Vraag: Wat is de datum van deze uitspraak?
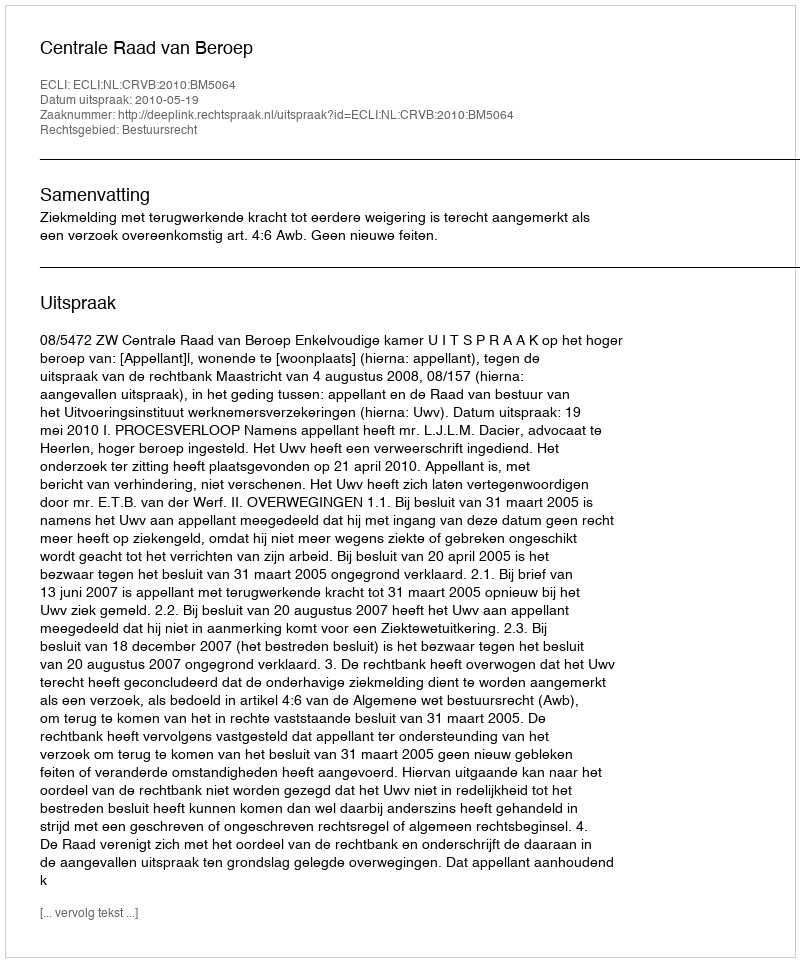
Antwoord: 2010-05-19